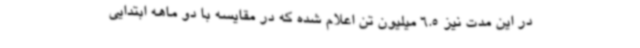
در این مدت نیز 6.5 میلیون تن اعلام شده که در مقایسه با دو ماهه ابتدایی